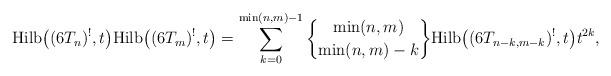
LaTeX: \begin{gather*} {\rm Hilb}\big((6T_n)^{!},t\big) {\rm Hilb}\big((6T_m)^{!},t\big)=\sum_{k=0}^{\min (n,m)-1}{\min(n,m) \brace \min(n,m)-k}{\rm Hilb}\big((6T_{n-k,m-k})^{!},t\big) t^{2k},\end{gather*}